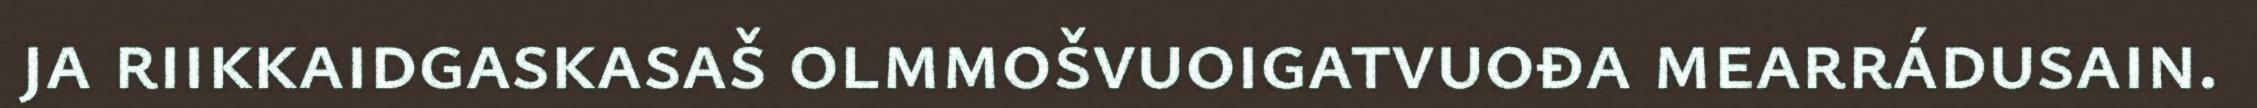
ja riikkaidgaskasaš olmmošvuoigatvuođa mearrádusain.